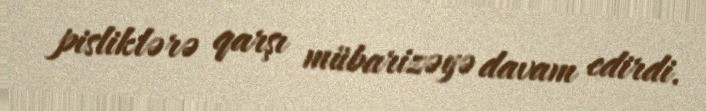
pisliklərə qarşı mübarizəyə davam edirdi.